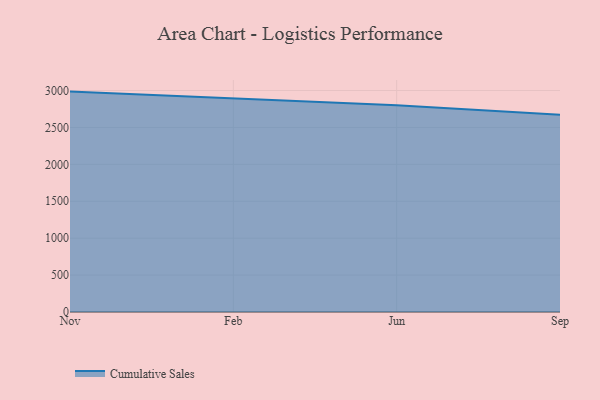
{"axis": {"x": "Month", "y": "Temperature (°C)"}, "legend": ["Cumulative Sales"], "data": [{"x": "Nov", "y": 2985.3, "type": "Cumulative Sales"}, {"x": "Feb", "y": 2892.7, "type": "Cumulative Sales"}, {"x": "Jun", "y": 2801.4, "type": "Cumulative Sales"}, {"x": "Sep", "y": 2672.1, "type": "Cumulative Sales"}]}